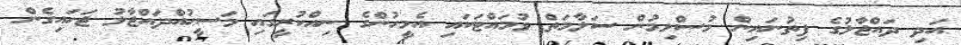
އަދި ދައްޖާލުގެ ފިތުނައިން މުސްލިމުން ސަލާމަތް ވުމައްޓަކައި އެމީހުންގެ ނިއްކުރީގައި މަސީޙުއްދައްޖާލު ޖަހައިގެން